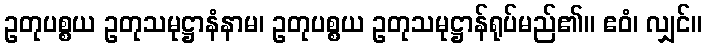
ဥတုပစ္စယ ဥတုသမုဋ္ဌာနံနာမ၊ ဥတုပစ္စယ ဥတုသမုဋ္ဌာန်ရုပ်မည်၏။ ဧဝံ၊ လျှင်။